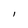
Character: l